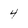
Character: 4